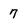
Character: 7